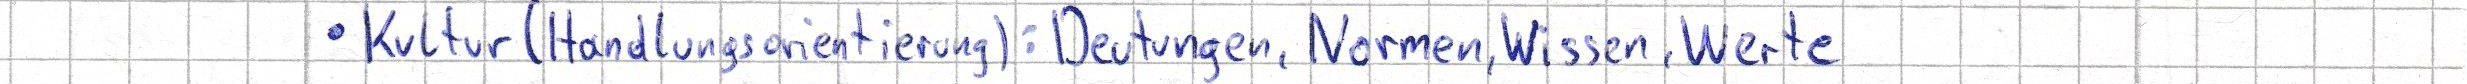
Kultur (Handlungsorientierung): Deutungen, Normen, Wissen, Werte